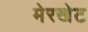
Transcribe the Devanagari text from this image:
मेरखेट